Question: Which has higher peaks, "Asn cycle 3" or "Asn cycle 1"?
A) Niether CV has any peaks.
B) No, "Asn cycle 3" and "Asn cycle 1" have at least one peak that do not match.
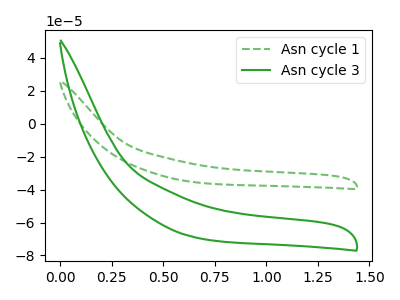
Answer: <think>The green dashed curve "Asn cycle 1" has no peaks. The green curve "Asn cycle 3" has no peaks.</think>
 <answer>A) Niether CV has any peaks.</answer>
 <eval>A</eval>